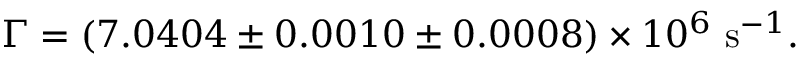
\Gamma = ( 7 . 0 4 0 4 \pm 0 . 0 0 1 0 \pm 0 . 0 0 0 8 ) \times 1 0 ^ { 6 } \ \mathrm { s } ^ { - 1 } .